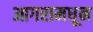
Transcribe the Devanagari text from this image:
आगरामधून